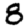
Digit: 8